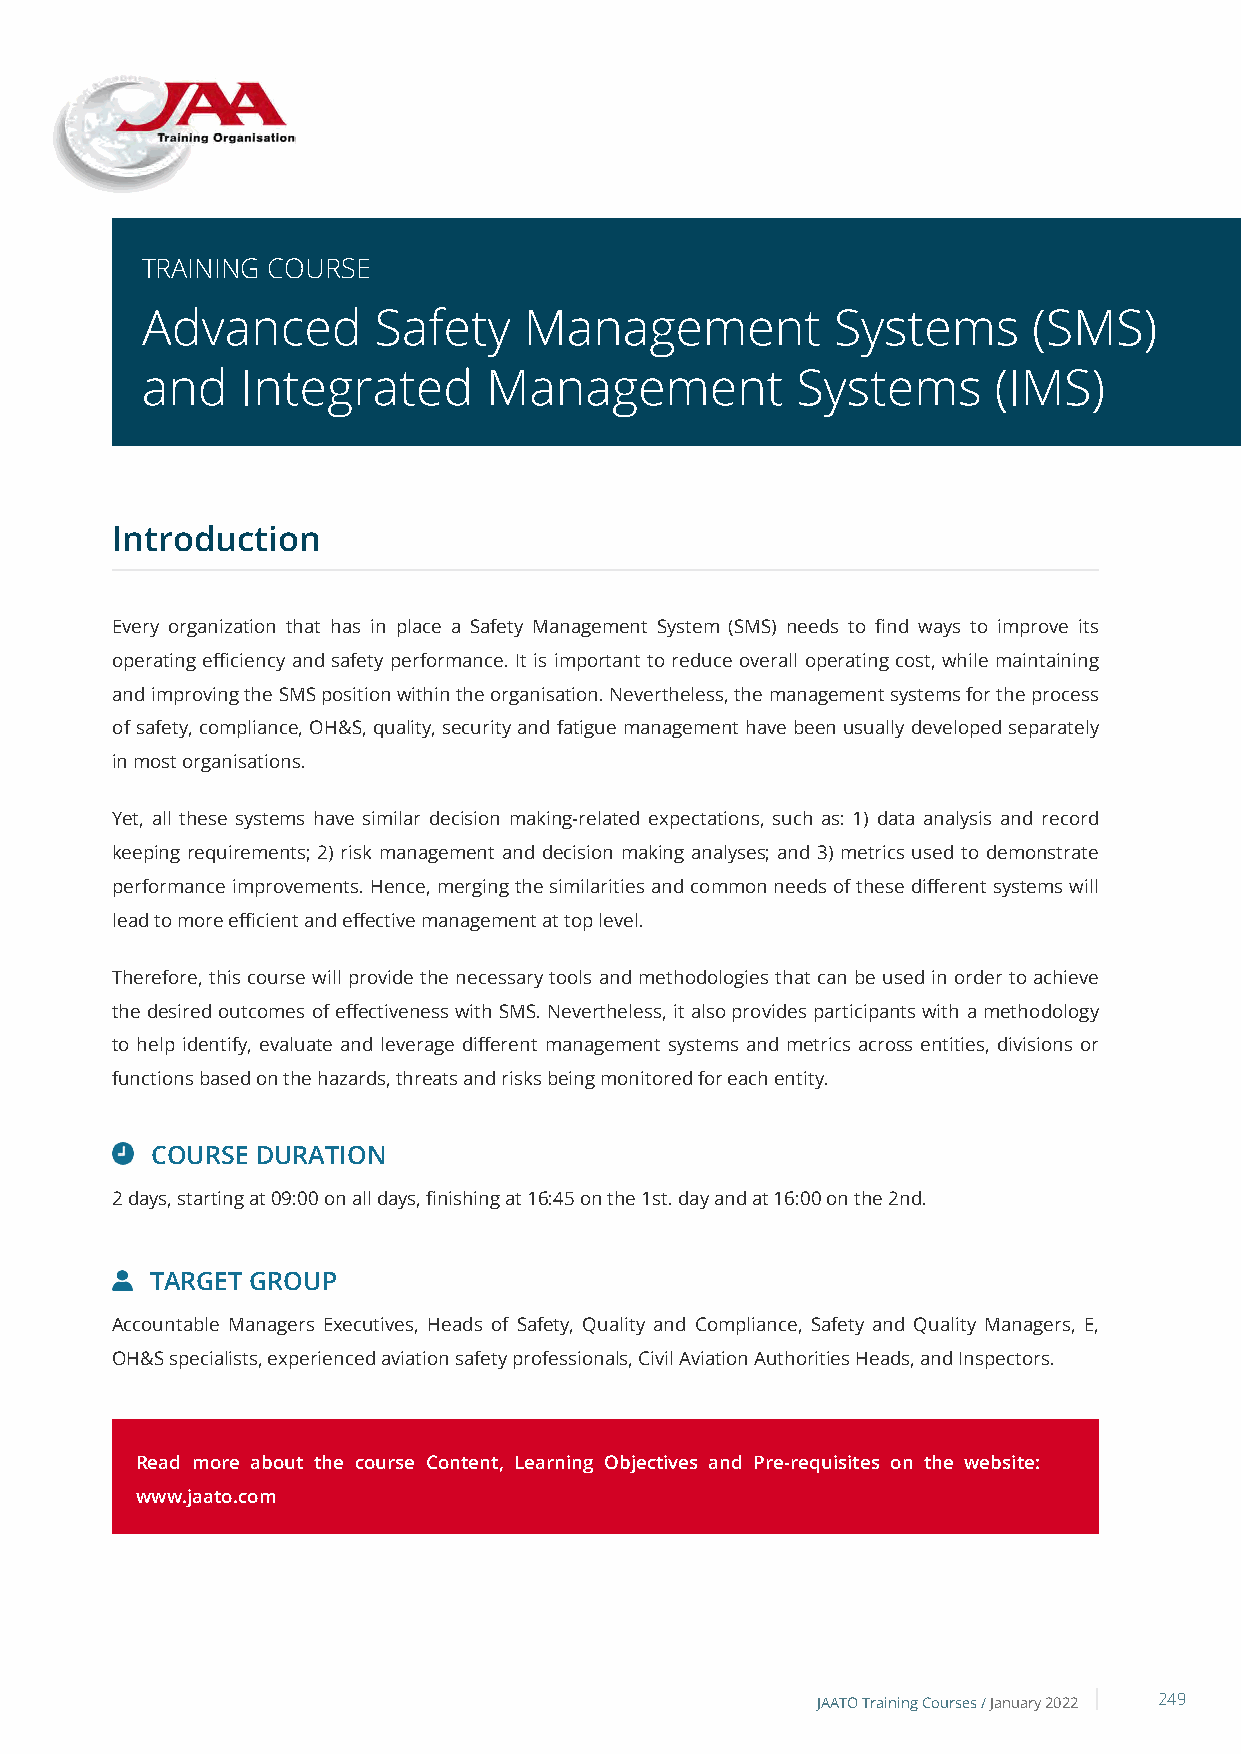
TRAINING COURSE
 Advanced        Safety    Management          Systems      (SMS)
 and    Integrated      Management           Systems      (IMS)
 Introduction
 Every organization that has in place a Safety Management System (SMS) needs to find ways to improve its
 operating efficiency and safety performance. It is important to reduce overall operating cost, while maintaining
 and improving the SMS position within the organisation. Nevertheless, the management systems for the process
 of safety, compliance, OH&S, quality, security and fatigue management have been usually developed separately
 in most organisations.
 Yet, all these systems have similar decision making-related expectations, such as: 1) data analysis and record
 keeping requirements; 2) risk management and decision making analyses; and 3) metrics used to demonstrate
 performance improvements. Hence, merging the similarities and common needs of these different systems will
 lead to more efficient and effective management at top level.
 Therefore, this course will provide the necessary tools and methodologies that can be used in order to achieve
 the desired outcomes of effectiveness with SMS. Nevertheless, it also provides participants with a methodology
 to help identify, evaluate and leverage different management systems and metrics across entities, divisions or
 functions based on the hazards, threats and risks being monitored for each entity.
 COURSE DURATION
 2 days, starting at 09:00 on all days, finishing at 16:45 on the 1st. day and at 16:00 on the 2nd.
 TARGET GROUP
 Accountable Managers Executives, Heads of Safety, Quality and Compliance, Safety and Quality Managers, E,
 OH&S specialists, experienced aviation safety professionals, Civil Aviation Authorities Heads, and Inspectors.
 Read more about the course Content, Learning Objectives and Pre-requisites on the website:
 www.jaato.com
 JAATO Training Courses /January 2022 249